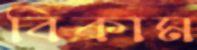
বিকাম